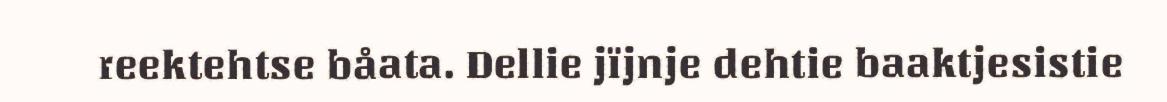
reektehtse båata. Dellie jïjnje dehtie baaktjesistie